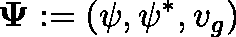
\mathbf { \Psi } : = ( \psi , \psi ^ { * } , v _ { g } )